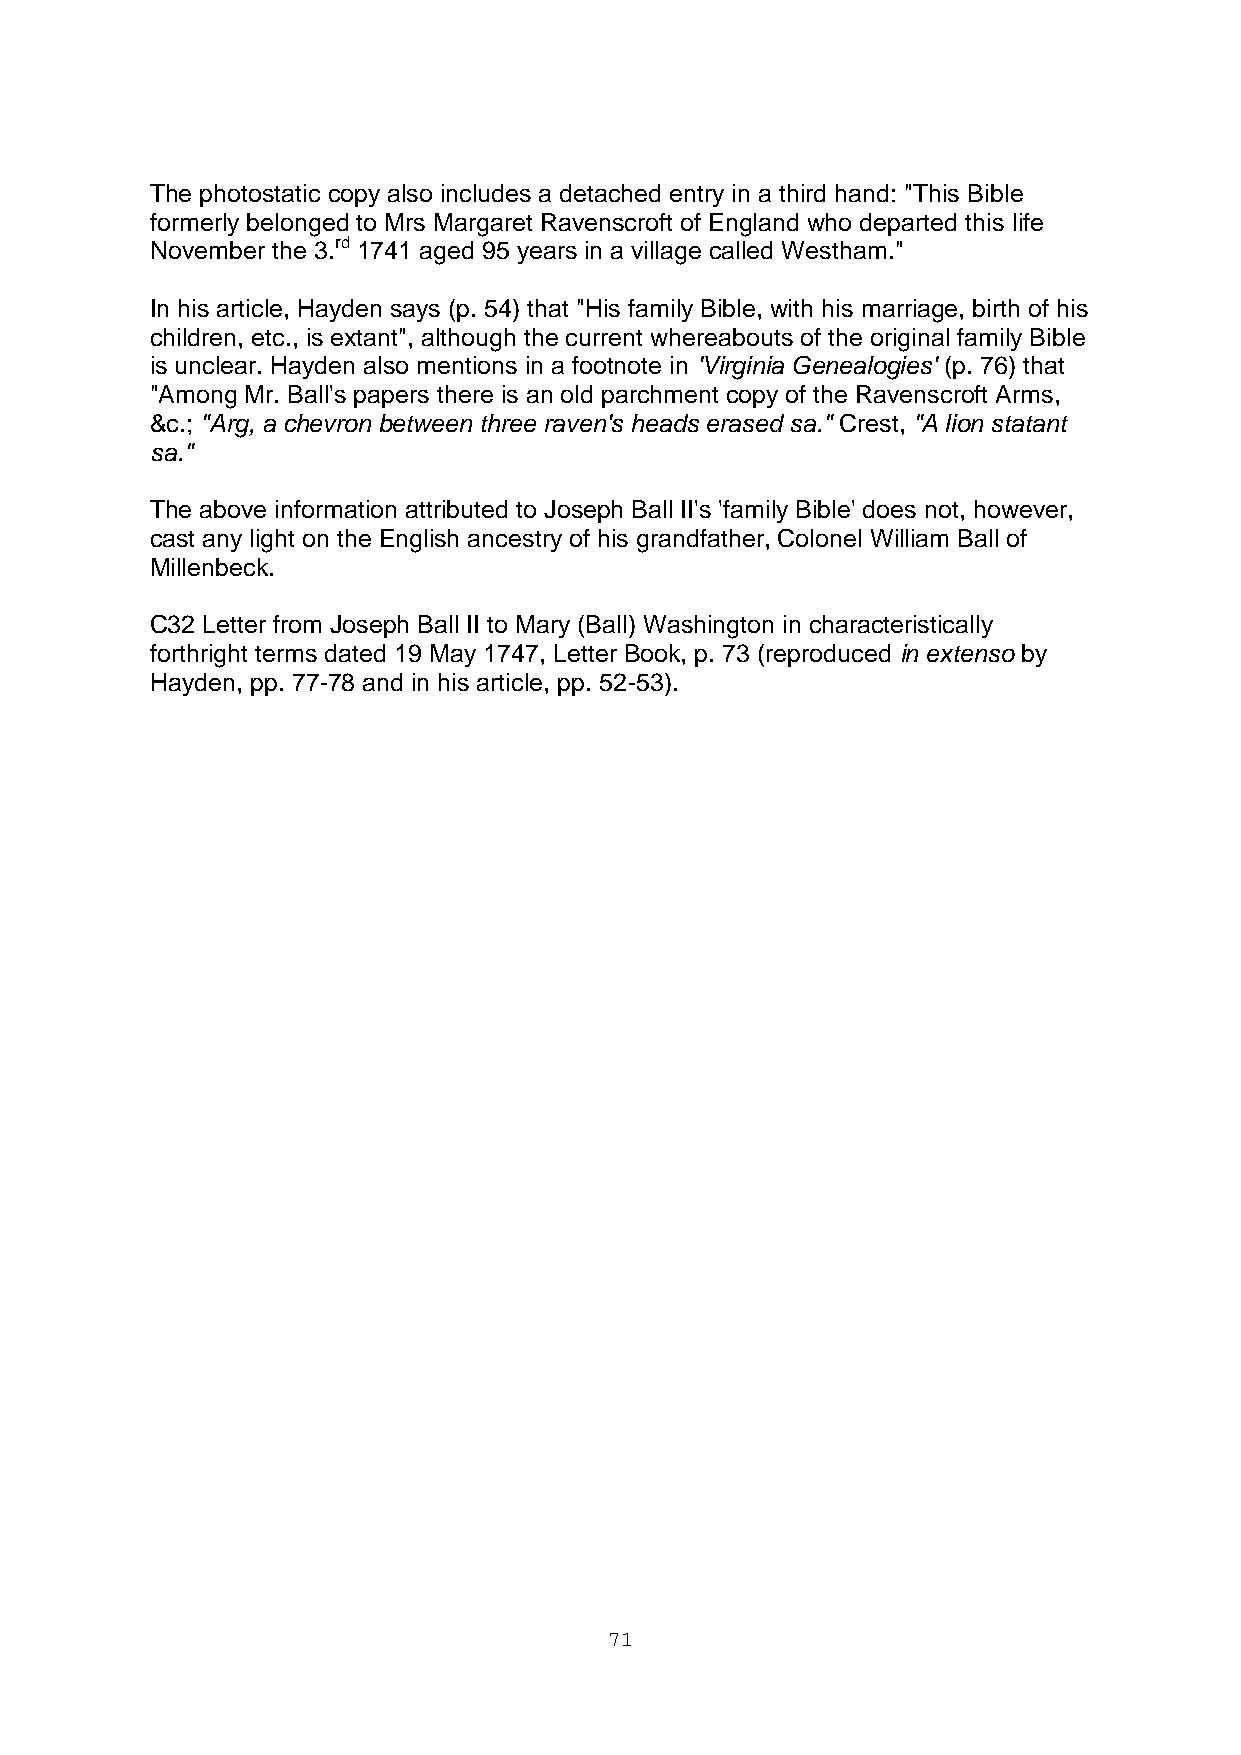
The photostatic copy also includes a detached entry in a third hand: "This Bible
 formerly belonged to Mrs Margaret Ravenscroft of England who departed this life
 November the 3.rd 1741 aged 95 years in a village called Westham."
 In his article, Hayden says (p. 54) that "His family Bible, with his marriage, birth of his
 children, etc., is extant", although the current whereabouts of the original family Bible
 is unclear. Hayden also mentions in a footnote in 'Virginia Genealogies' (p. 76) that
 "Among Mr. Ball's papers there is an old parchment copy of the Ravenscroft Arms,
 &c.; "Arg, a chevron between three raven's heads erased sa." Crest, "A lion statant
 sa."
 The above information attributed to Joseph Ball II's 'family Bible' does not, however,
 cast any light on the English ancestry of his grandfather, Colonel William Ball of
 Millenbeck.
 C32 Letter from Joseph Ball II to Mary (Ball) Washington in characteristically
 forthright terms dated 19 May 1747, Letter Book, p. 73 (reproduced in extenso by
 Hayden, pp. 77-78 and in his article, pp. 52-53).
 71